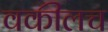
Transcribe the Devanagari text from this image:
वकीलच